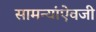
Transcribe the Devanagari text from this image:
सामन्यांऐवजी